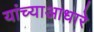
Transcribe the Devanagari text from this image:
यांच्याआधारे